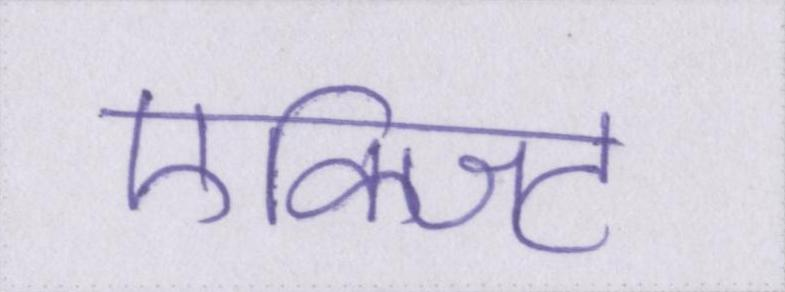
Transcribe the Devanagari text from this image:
एक्जिट